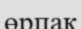
өрпақ